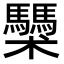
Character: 𩧌